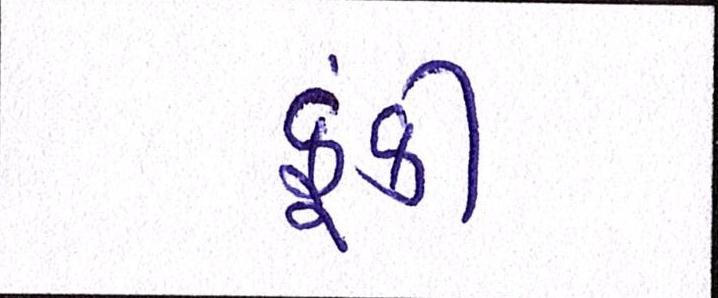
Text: ફૂંકી